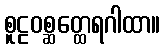
စူဠဝစ္ဆတ္ထေရဂါထာ။